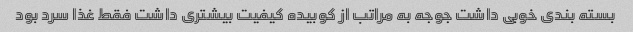
بسته بندی خوبی داشت جوجه به مراتب از کوبیده کیفیت بیشتری داشت فقط غذا سرد بود